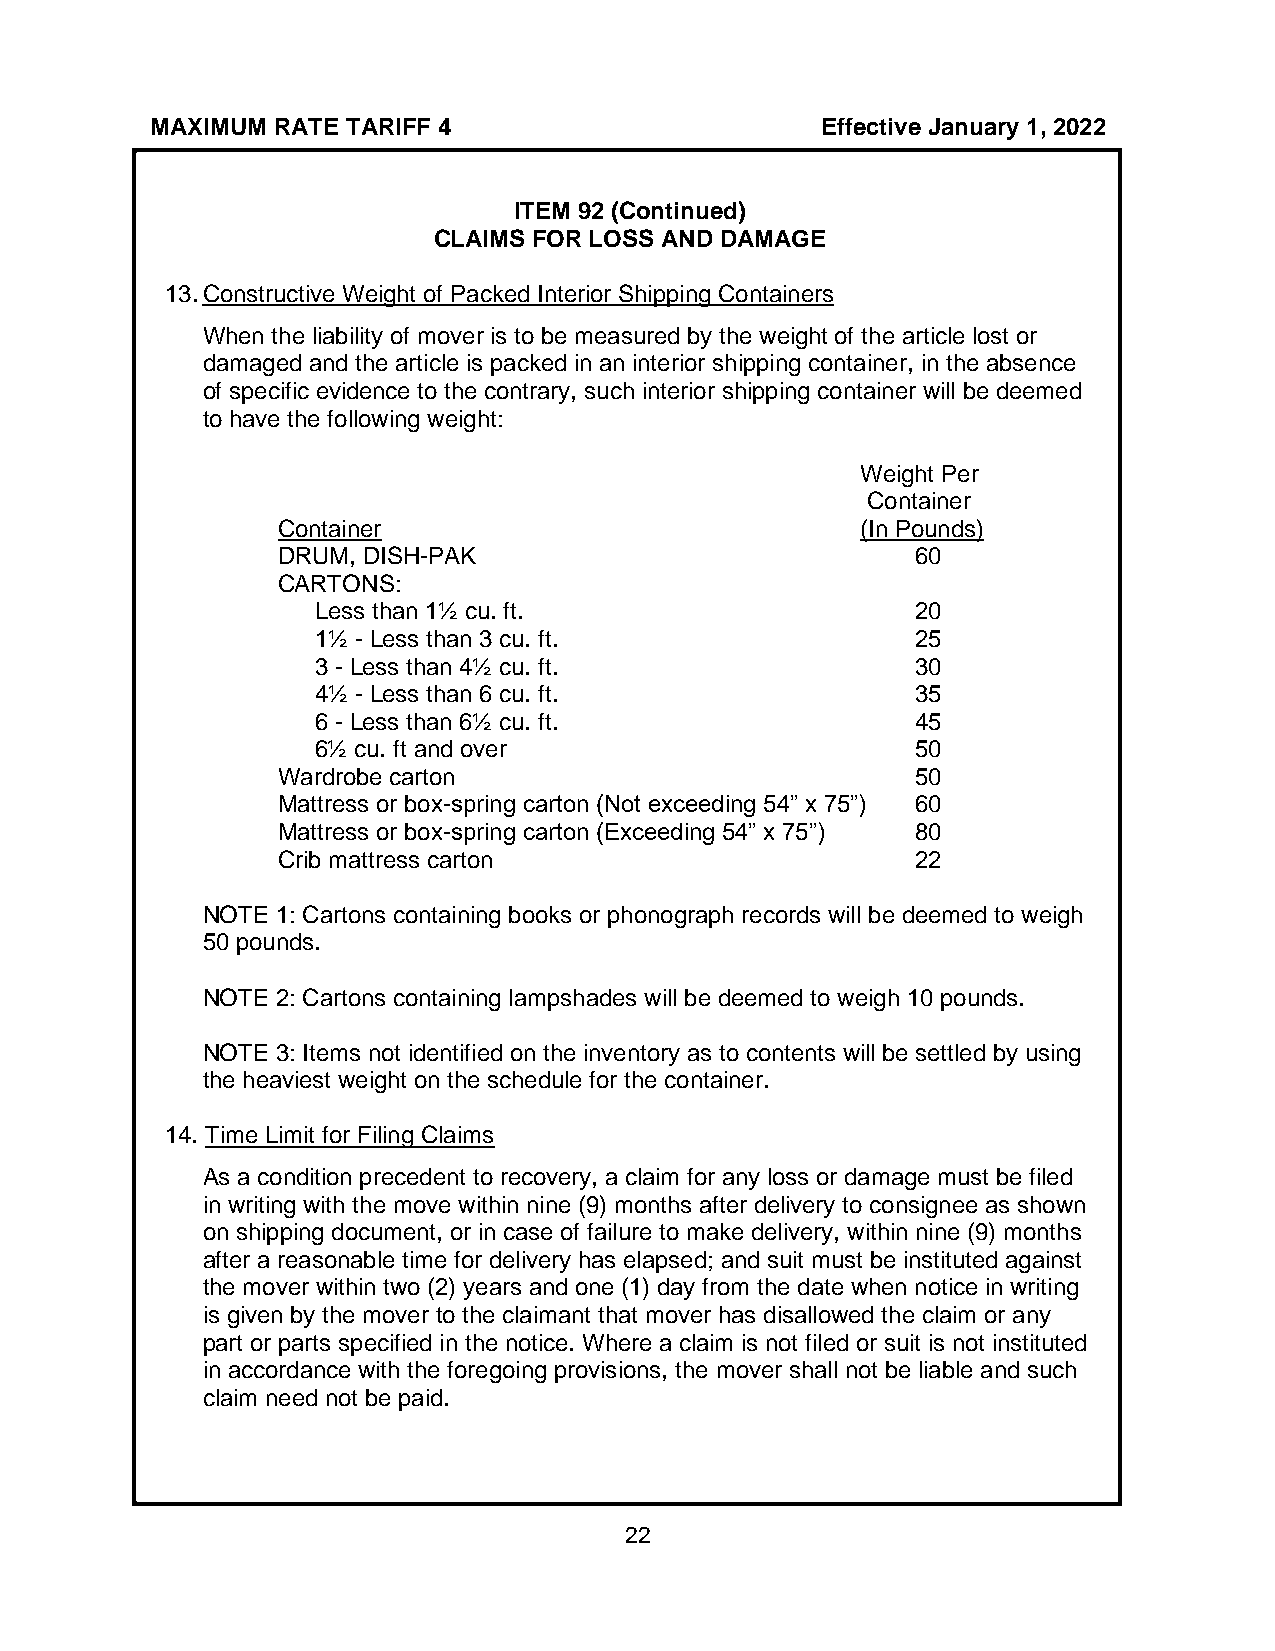
MAXIMUM RATE TARIFF 4                       Effective January 1, 2022
 ITEM 92 (Continued)
 CLAIMS FOR LOSS AND DAMAGE
 13. Constructive Weight of Packed Interior Shipping Containers
 When the liability of mover is to be measured by the weight of the article lost or
 damaged and the article is packed in an interior shipping container, in the absence
 of specific evidence to the contrary, such interior shipping container will be deemed
 to have the following weight:
 Weight Per
 Container
 Container                              (In Pounds)
 DRUM, DISH-PAK                             60
 CARTONS:
 Less than 1½ cu. ft.                    20
 1½ - Less than 3 cu. ft.                25
 3 - Less than 4½ cu. ft.                30
 4½ - Less than 6 cu. ft.                35
 6 - Less than 6½ cu. ft.                45
 6½ cu. ft and over                      50
 Wardrobe carton                            50
 Mattress or box-spring carton (Not exceeding 54” x 75”) 60
 Mattress or box-spring carton (Exceeding 54” x 75”) 80
 Crib mattress carton                       22
 NOTE 1: Cartons containing books or phonograph records will be deemed to weigh
 50 pounds.
 NOTE 2: Cartons containing lampshades will be deemed to weigh 10 pounds.
 NOTE 3: Items not identified on the inventory as to contents will be settled by using
 the heaviest weight on the schedule for the container.
 14. Time Limit for Filing Claims
 As a condition precedent to recovery, a claim for any loss or damage must be filed
 in writing with the move within nine (9) months after delivery to consignee as shown
 on shipping document, or in case of failure to make delivery, within nine (9) months
 after a reasonable time for delivery has elapsed; and suit must be instituted against
 the mover within two (2) years and one (1) day from the date when notice in writing
 is given by the mover to the claimant that mover has disallowed the claim or any
 part or parts specified in the notice. Where a claim is not filed or suit is not instituted
 in accordance with the foregoing provisions, the mover shall not be liable and such
 claim need not be paid.
 22